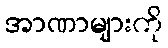
အာဏာများကို